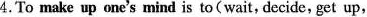
4.To make up one's mind is to(wait, decide, get up